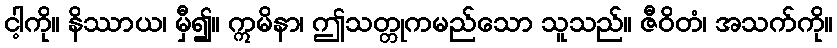
ငါ့ကို။ နိဿာယ၊ မှီ၍။ ဣမိနာ၊ ဤသတ္တုကမည်သော သူသည်။ ဇီဝိတံ၊ အသက်ကို။